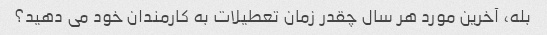
بله، آخرین مورد هر سال چقدر زمان تعطیلات به کارمندان خود می دهید؟